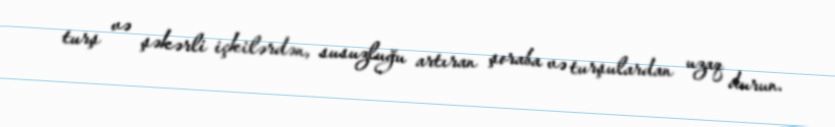
turş və şəkərli içkilərdən, susuzluğu artıran şoraba və turşulardan uzaq durun.